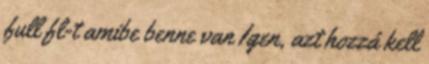
full fl-t amibe benne van Igen, azt hozzá kell